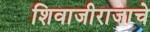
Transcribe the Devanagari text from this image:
शिवाजीराजाचे